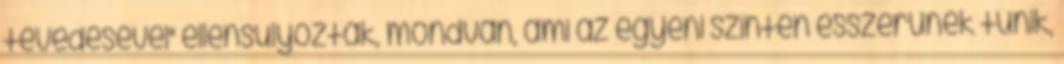
tévedésével" ellensúlyozták, mondván, ami az egyéni szinten ésszerűnek tűnik,